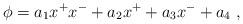
LaTeX: \begin{align*}\phi=a_1x^+ x^-+a_2 x^+ + a_3 x^- + a_4 \ ,\end{align*}